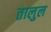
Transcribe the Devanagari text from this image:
तालुल